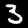
Label: 3